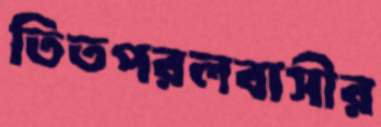
তিতপরলবাসীর